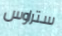
ستراوس